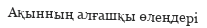
Ақынның алғашқы өлеңдері